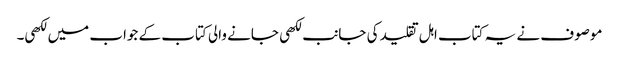
موصوف نے یہ کتاب اہل تقلید کی جانب لکھی جانے والی کتاب کے جواب میں لکھی۔